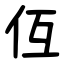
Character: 仾